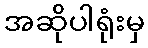
အဆိုပါရုံးမှ